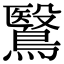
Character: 鷖